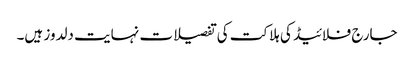
جارج فلائیڈ کی ہلاکت کی تفصیلات نہایت دلدوز ہیں۔